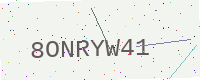
Text: 8ONRYW41